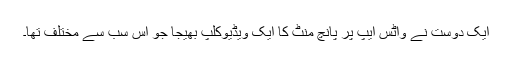
ایک دوست نے واٹس ایپ پر پانچ منٹ کا ایک ویڈیوکلپ بھیجا جو اس سب سے مختلف تھا۔